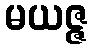
မယဇ္ဇ